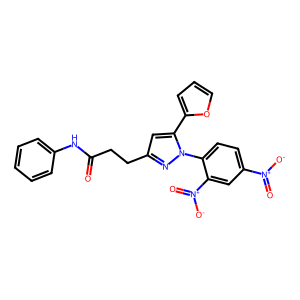
SMILES: O=C(CCc1cc(-c2ccco2)n(-c2ccc([N+](=O)[O-])cc2[N+](=O)[O-])n1)Nc1ccccc1
Inhibits HIV replication: No